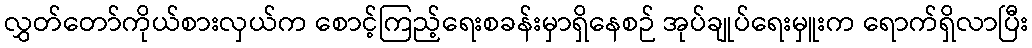
လွှတ်တော်ကိုယ်စားလှယ်က စောင့်ကြည့်ရေးစခန်းမှာရှိနေစဉ် အုပ်ချုပ်ရေးမှူးက ရောက်ရှိလာပြီး